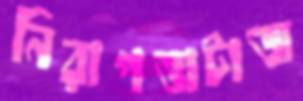
নিরাপত্তাটাজ